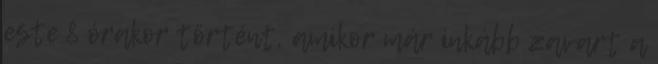
este 8 órakor történt, amikor már inkább zavart a